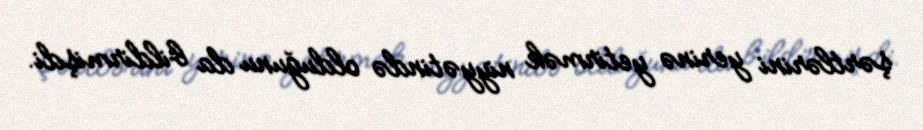
şərtlərini yerinə yetirmək niyyətində olduğunu da bildirmişdi.